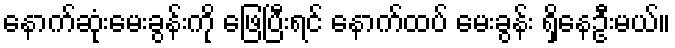
နောက်ဆုံးမေးခွန်းကို ဖြေပြီးရင် နောက်ထပ် မေးခွန်း ရှိနေဦးမယ်။